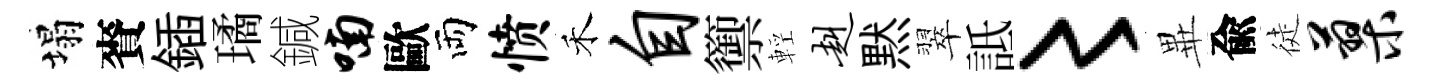
塌賚鍤璚鍼喃歐両愤禾自籞輕赳黙翠詆〻𭺾兪徒蓼